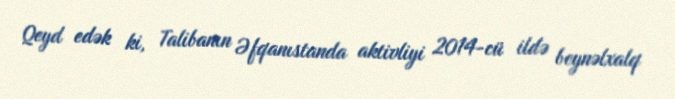
Qeyd edək ki, Talibanın Əfqanıstanda aktivliyi 2014-cü ildə beynəlxalq